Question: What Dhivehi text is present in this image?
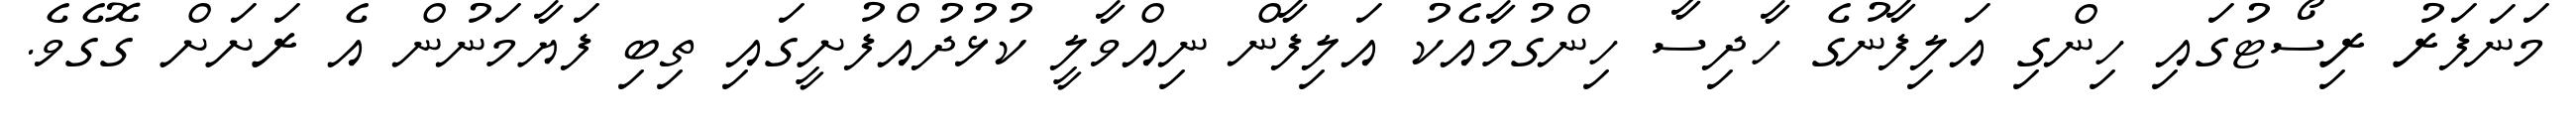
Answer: މަނަފަރު ރިސޯޓުގައި ހިންގި އަލިފާނުގެ ހާދިސާ ހިންގުމާއެކު އަލިފާން ނިއްވާލީ ކުޅުދުއްފުށީގައި ތިބި ފަޔާމަނުން އެ ރަށަށް ގޮގެވެ.